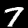
Digit: 7